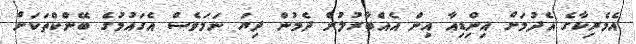
އެމެރިކާގެ އެދުމަށް އިންިޑިއާ އިން އެއްބާރުލުން ދެމުން ދިޔަ ނަމަވެސް އެގައުމުގެ ބޭންކްތަކަށް